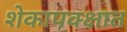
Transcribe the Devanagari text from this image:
शेकापक्क्षात